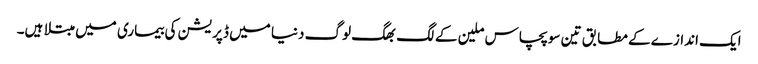
ایک اندازے کے مطابق تین سو پچاس ملین کے لگ بھگ لوگ دنیا میں ڈپریشن کی بیماری میں مبتلا ہیں۔